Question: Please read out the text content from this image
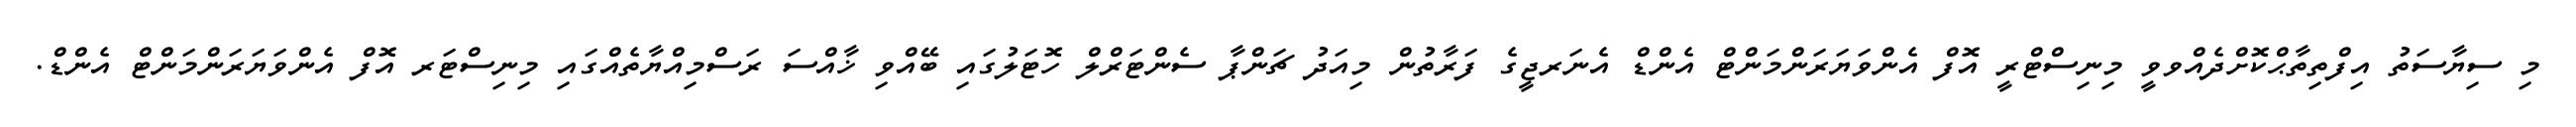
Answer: މި ސިޔާސަތު އިފްތިތާޙްކޮށްދެއްވވީ މިނިސްޓްރީ އޮފް އެންވަޔަރަންމަންޓް އެންޑް އެނަރޖީގެ ފަރާތުން މިއަދު ޗަންޕާ ސެންޓަރްލް ހޮޓަލުގައި ބޭއްވި ޚާއްސަ ރަސްމިއްޔާތެއްގައި މިނިސްޓަރ އޮފް އެންވަޔަރަންމަންޓް އެންޑް.